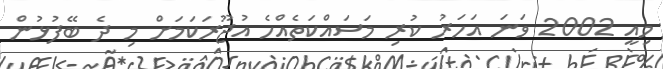
މިއީ 2002 ވަނަ އަހަރު ކުރި މަސައްކަތެއްހެ އުޖޫރަކަމަށް މި ދެ ބޭފުޅުން